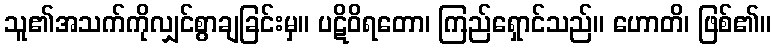
သူ၏အသက်ကိုလျှင်စွာချခြင်းမှ။ ပဋိဝိရတော၊ ကြည်ရှောင်သည်။ ဟောတိ၊ ဖြစ်၏။